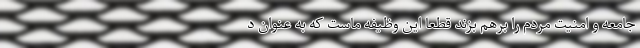
جامعه و امنیت مردم را برهم بزند قطعا این وظیفه ماست که به عنوان د